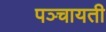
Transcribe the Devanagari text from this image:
पञ्चायती